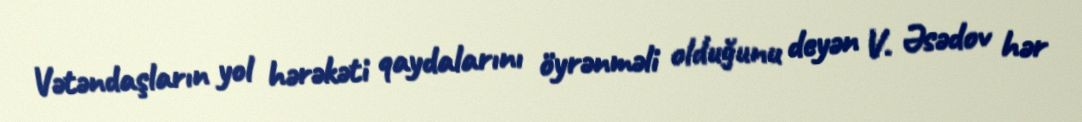
Vətəndaşların yol hərəkəti qaydalarını öyrənməli olduğunu deyən V. Əsədov hər